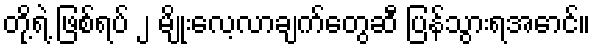
တို့ရဲ့ ဖြစ်ရပ် ၂ မျိုးလေ့လာချက်တွေဆီ ပြန်သွားရအောင်။